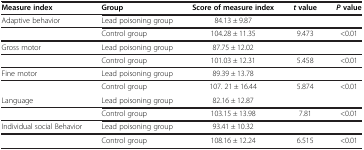
| Measure index | Group | Score of measure index | tvalue | Pvalue |
 | --- | --- | --- | --- | --- |
 | Adaptive behavior | Lead poisoning group | 84.13 ± 9.87 |  |  |
 |  | Control group | 104.28 ± 11.35 | 9.473 | <0.01 |
 | Gross motor | Lead poisoning group | 87.75 ± 12.02 |  |  |
 |  | Control group | 101.03 ± 12.31 | 5.458 | <0.01 |
 | Fine motor | Lead poisoning group | 89.39 ± 13.78 |  |  |
 |  | Control group | 107. 21 ± 16.44 | 5.874 | <0.01 |
 | Language | Lead poisoning group | 82.16 ± 12.87 |  |  |
 |  | Control group | 103.15 ± 13.98 | 7.81 | <0.01 |
 | Individual social Behavior | Lead poisoning group | 93.41 ± 10.32 |  |  |
 |  | Control group | 108.16 ± 12.24 | 6.515 | <0.01 |